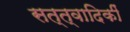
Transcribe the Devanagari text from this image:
सत्त्वादिकीं